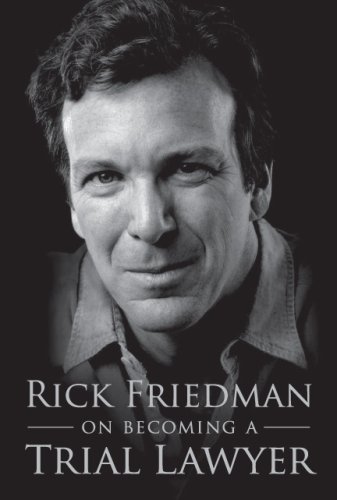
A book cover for Rick Friedman on Becoming a Trial Lawyer; Rick Friedman; Law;